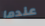
عندما